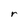
Character: r